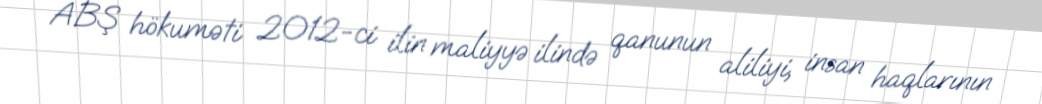
ABŞ hökuməti 2012-ci ilin maliyyə ilində qanunun aliliyi, insan haqlarının